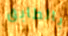
بالطابق